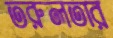
তরুলতার